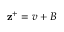
\mathbf { z } ^ { + } = \boldsymbol { v } + \boldsymbol { B }